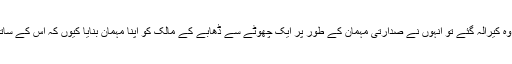
صدارت سنبھالنے کے بعد جب وہ کیرالہ گئے تو انہوں نے صدارتی مہمان کے طور پر ایک چھوٹے سے ڈھابے کے مالک کو اپنا مہمان بنایا کیوں کہ اس کے ساتھ ان کا بہت اچھا وقت گزرا تھا۔